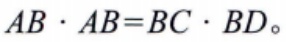
$AB\cdot AB = BC\cdot BD$